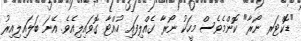
"ޑޮކްޓަރ ނޯރާ" ކޮންމެވެސް މީހަކު ނޯރާ ގެއްލިފައި ހުއްޓާ ގޮވައިލިއެވެ. އޭނަ ބަލައިލިއިރު